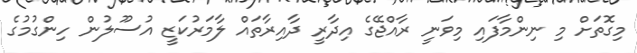
މިގޮތަށް މި ނިންމާފައި މިވަނީ ރާއްޖޭގެ އިދާރީ ދާއިރާތައް ލާމަރުކަޒީ އުސޫލުން ހިންގުމުގެ